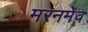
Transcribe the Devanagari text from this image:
मरनमेव